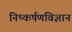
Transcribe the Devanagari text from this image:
निष्कर्षणविज्ञान